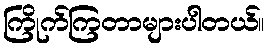
ကြိုက်ကြတာများပါတယ်။